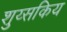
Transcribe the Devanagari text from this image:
शुय्सकिय